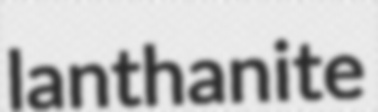
lanthanite